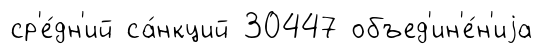
ср'е́дн'ий са́нкций 30447 объед'ин'е́н'иjа